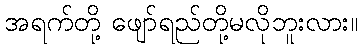
အရက်တို့ ဖျော်ရည်တို့မလိုဘူးလား။